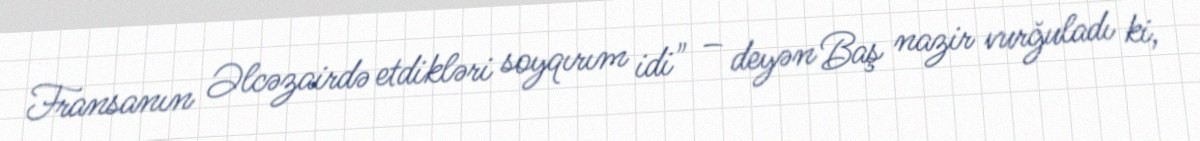
Fransanın Əlcəzairdə etdikləri soyqırım idi" – deyən Baş nazir vurğuladı ki,